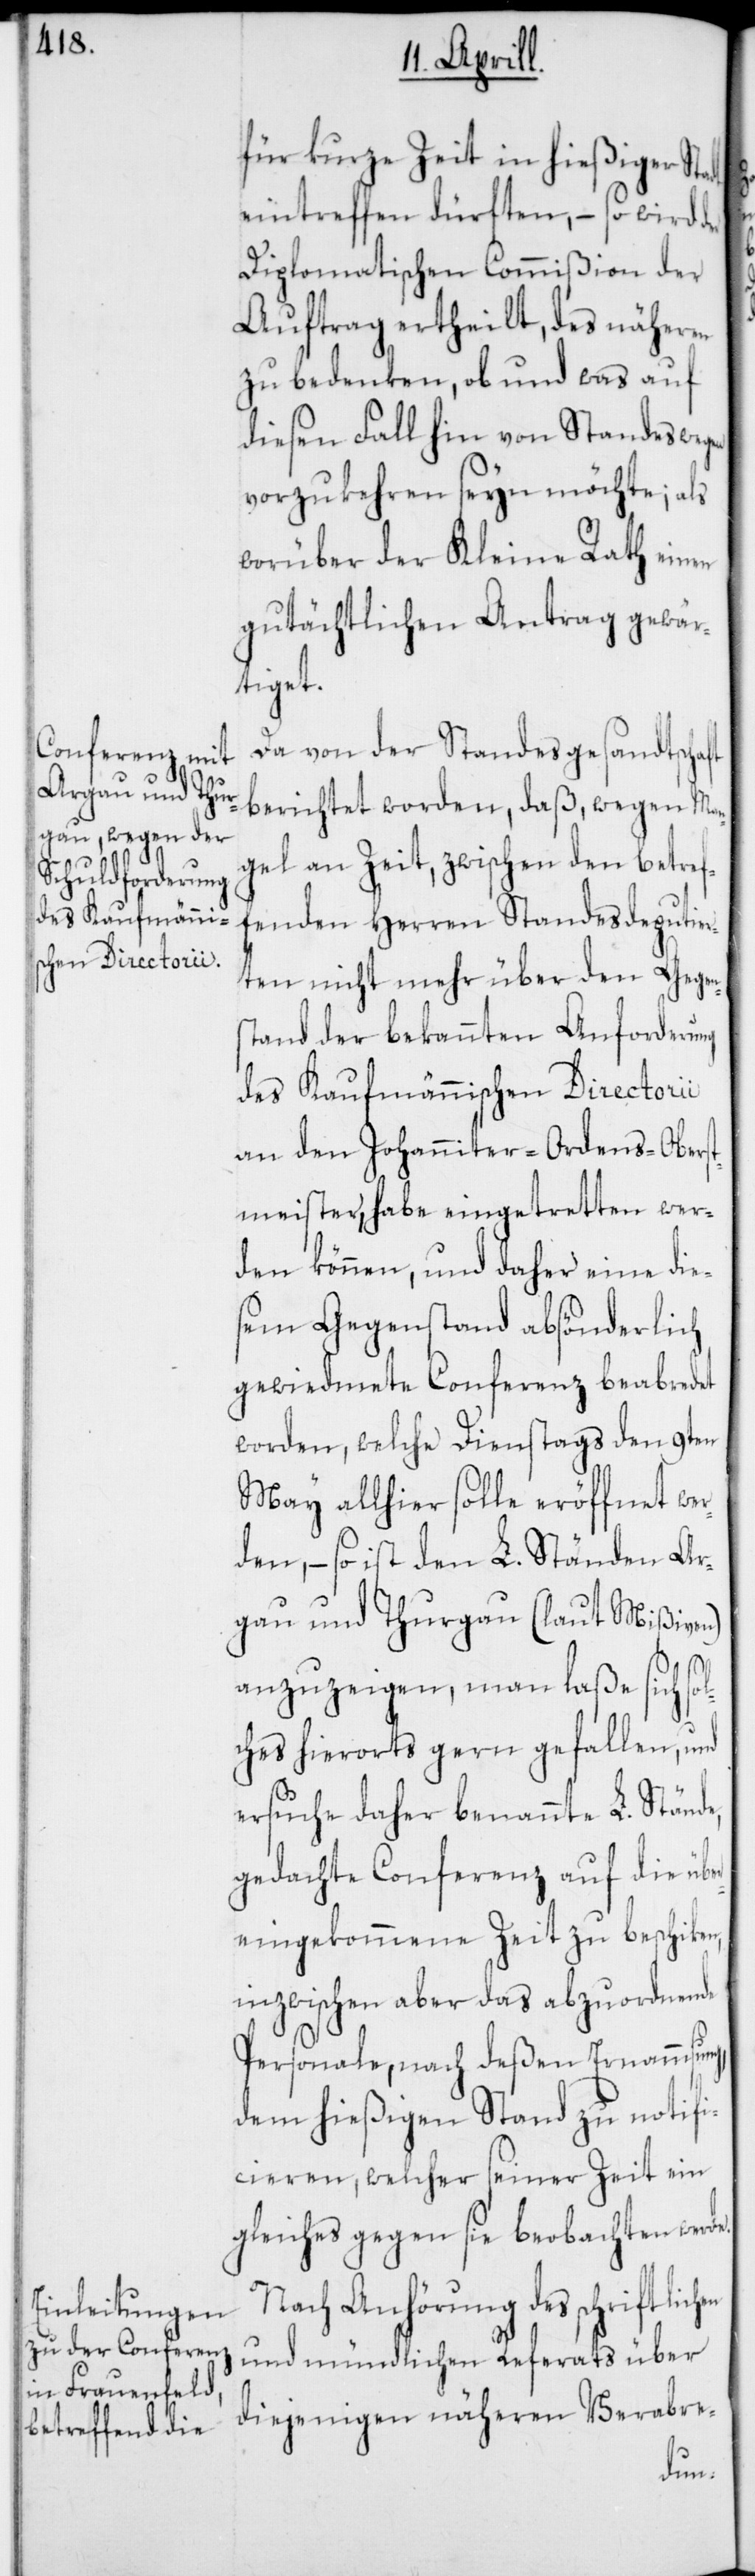
für kurze Zeit in hießiger Stadt
eintreffen dürften, – so wird der
Diplomatischen Commißion der
Auftrag ertheilt, des Näheren
zu bedenken, ob und was auf
diesen Fall hin von Standes wegen
vorzukehren seyn möchte; als
worüber der Kleine Rath einen
gutächtlichen Antrag gewär¬
tiget.
Da von der Standesgesandtschaft
berichtet worden, daß wegen Man¬
gel an Zeit, zwischen den betref¬
fenden Herren Standesdeputier¬
ten nicht mehr über den Gegen¬
stand der bekannten Anforderung
des Kaufmännischen Directorii
an den Johanniter-Ordens-Oberst¬
meister, habe eingetretten wer¬
den können, und daher eine die¬
sem Gegenstand absönderlich
gewiedmete Conferenz beabredet
worden, welche Dienstags den 9ten
May allhier solle eröffnet wer¬
den, – so ist den L. Ständen Ar¬
gau und Thurgau (laut Mißiven)
anzuzeigen, man laße sich so¬
lches hierorts gern gefallen, und
ersuche daher benannte L. Stände,
gedachte Conferenz auf die übe¬
reingekommene Zeit zu beschiken,
inzwischen aber das abzuordnende
Personale, nach deßen Ernammsun¬
dem hießigen Stand zu notifi¬
cieren, welcher seiner Zeit ein
Gleiches gegen sie beobachten werde.
Nach Anhörung des schriftlic¬
und mündlichen Referats über
diejenigen näheren Verabre-
hen